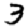
Digit: 3